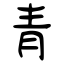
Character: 青